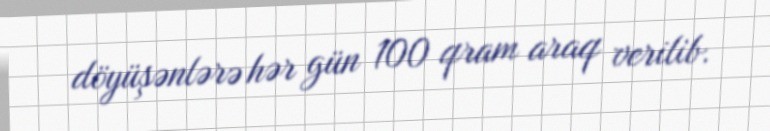
döyüşənlərə hər gün 100 qram araq verilib.